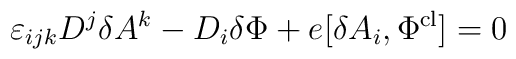
\varepsilon_{ijk}D^{j}\delta A^{k} - D_{i}\delta\Phi +     e [\delta A_{i}, \Phi^{{\rm cl}}] = 0